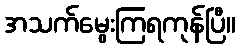
အသက်မွေးကြရကုန်ပြီ။